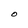
Character: O